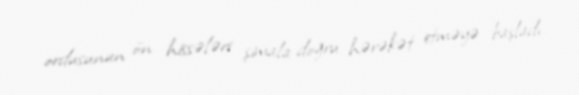
ordusunun ön hissələri şimala doğru hərəkət etməyə başladı.